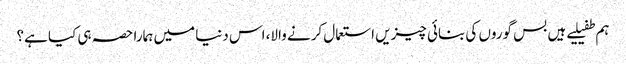
ہم طفیلیے ہیں بس گوروں کی بنائی چیزیں استعمال کرنے والا، اس دنیا میں ہمارا حصہ ہی کیا ہے؟